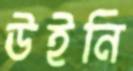
উইনি